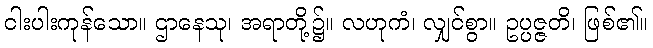
ငါးပါးကုန်သော။ ဌာနေသု၊ အရာတို့၌။ လဟုကံ၊ လျှင်စွာ။ ဥပ္ပဇ္ဇတိ၊ ဖြစ်၏။